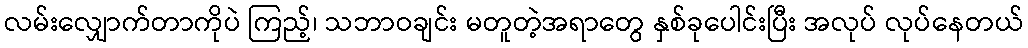
လမ်းလျှောက်တာကိုပဲ ကြည့်၊ သဘာဝချင်း မတူတဲ့အရာတွေ နှစ်ခုပေါင်းပြီး အလုပ် လုပ်နေတယ်